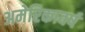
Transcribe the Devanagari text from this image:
अमेरिकावर्ष